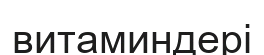
витаминдері